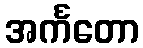
အင်္ကတော